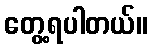
တွေ့ရပါတယ်။